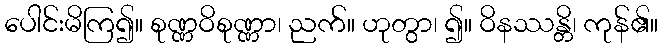
ပေါင်းမိကြ၍။ စုဏ္ဏဝိစုဏ္ဏာ၊ ညက်။ ဟုတွာ၊ ၍။ ဝိနဿန္တိ၊ ကုန်၏။